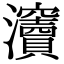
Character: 𤅋